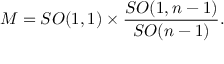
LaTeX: { \cal M } = { S O ( 1 , 1 ) } \times { \frac { S O ( 1 , n - 1 ) } { S O ( n - 1 ) } } .